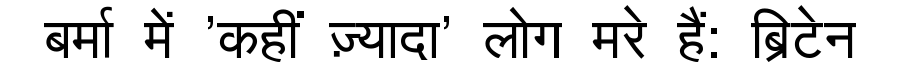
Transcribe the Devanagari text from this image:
बर्मा में 'कहीं ज़्यादा' लोग मरे हैं: ब्रिटेन